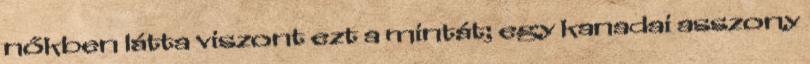
nőkben látta viszont ezt a mintát; egy kanadai asszony